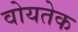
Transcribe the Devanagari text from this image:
वोयतेक